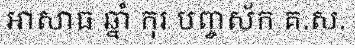
អាសាធ ឆ្នាំ កុរ បញ្ចស័ក គ.ស.